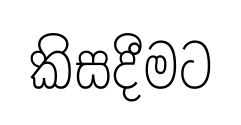
කිසදීමට